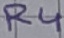
Text: R4